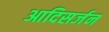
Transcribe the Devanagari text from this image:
आदिसर्जन